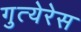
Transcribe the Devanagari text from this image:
गुत्येरेस